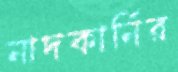
নাদকার্নির